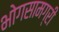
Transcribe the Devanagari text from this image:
भोगसामग्री